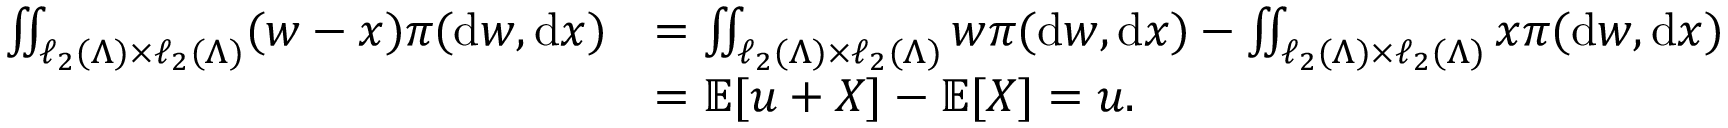
\begin{array} { r l } { \iint _ { \ell _ { 2 } ( \Lambda ) \times \ell _ { 2 } ( \Lambda ) } ( w - x ) \pi ( \mathrm { d } w , \mathrm { d } x ) } & { = \iint _ { \ell _ { 2 } ( \Lambda ) \times \ell _ { 2 } ( \Lambda ) } w \pi ( \mathrm { d } w , \mathrm { d } x ) - \iint _ { \ell _ { 2 } ( \Lambda ) \times \ell _ { 2 } ( \Lambda ) } x \pi ( \mathrm { d } w , \mathrm { d } x ) } \\ & { = \mathbb { E } [ u + X ] - \mathbb { E } [ X ] = u . } \end{array}